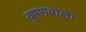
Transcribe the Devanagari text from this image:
वृषणवाला